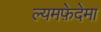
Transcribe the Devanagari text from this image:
ल्यमफ़ेदेमा